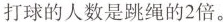
打球的人数是跳绳的2倍。